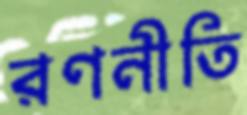
রণনীতি